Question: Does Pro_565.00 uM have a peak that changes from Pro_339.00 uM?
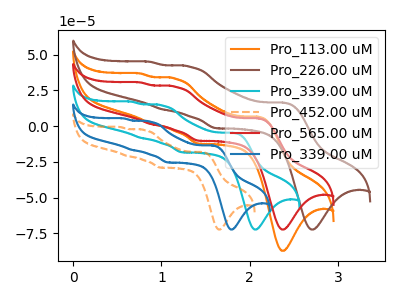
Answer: <think>The orange curve "Pro_113.00 uM" has anodic peaks at (2.10V, 6.55uA) (1.15V, 33.15uA) (0.90V, 1.60uA) (0.75V, 36.80uA) and cathodic peaks at (2.40V, -87.25uA) (1.40V, -12.35uA). The brown curve "Pro_226.00 uM" has anodic peaks at (2.40V, 16.35uA) (1.30V, 41.55uA) (1.00V, 11.70uA) (0.85V, 45.00uA) and cathodic peaks at (2.70V, -72.35uA) (1.60V, -1.50uA). The cyan curve "Pro_339.00 uM" has anodic peaks at (1.80V, -4.75uA) (1.00V, 14.45uA) (0.75V, -8.30uA) (0.65V, 17.10uA) and cathodic peaks at (2.05V, -72.35uA) (1.25V, -18.35uA). The orange dashed curve "Pro_452.00 uM" has anodic peaks at (1.45V, -18.15uA) (0.80V, -2.75uA) (0.60V, -21.00uA) (0.55V, -0.65uA) and cathodic peaks at (1.65V, -72.35uA) (1.00V, -29.05uA). The red curve "Pro_565.00 uM" has anodic peaks at (2.10V, 5.45uA) (1.15V, 27.50uA) (0.90V, 1.35uA) (0.75V, 30.55uA) and cathodic peaks at (2.40V, -72.35uA) (1.40V, -10.25uA). The blue curve "Pro_339.00 uM" has anodic peaks at (1.60V, -13.60uA) (0.85V, 3.05uA) (0.65V, -16.70uA) (0.55V, 5.35uA) and cathodic peaks at (1.80V, -72.35uA) (1.05V, -25.45uA).
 "Pro_565.00 uM" and "Pro_339.00 uM" have at least one peak that do not match.</think>
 <answer>Yes, "Pro_565.00 uM" and "Pro_339.00 uM" are different in shape.</answer>
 <eval>yes_change</eval>